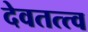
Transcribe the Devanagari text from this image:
देवतत्त्व